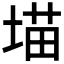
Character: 𪣲